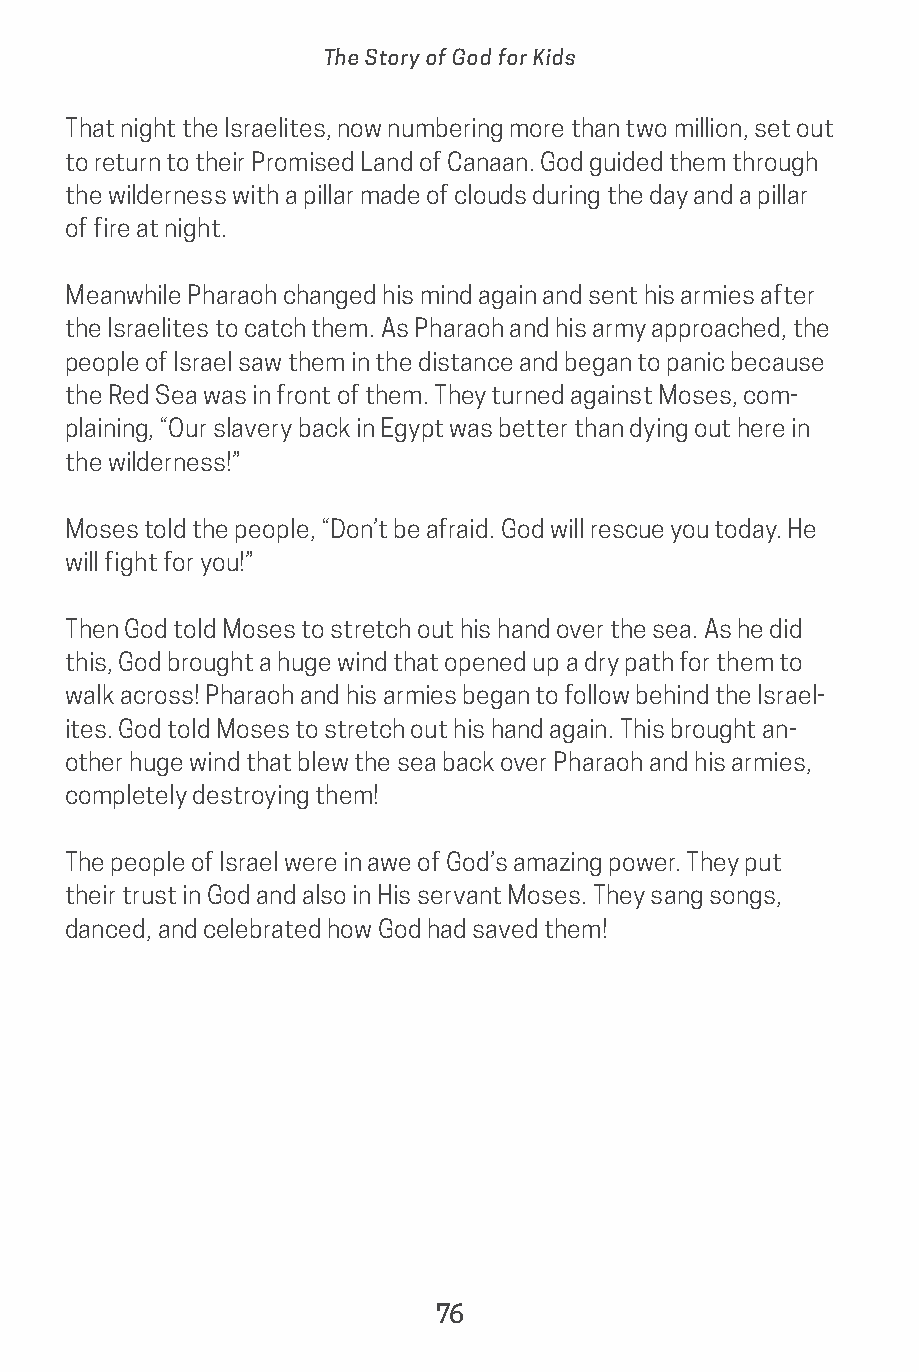
The Story of God for Kids
 That night the Israelites, now numbering more than two million, set out
 to return to their Promised Land of Canaan. God guided them through
 the wilderness with a pillar made of clouds during the day and a pillar
 of fire at night.
 Meanwhile Pharaoh changed his mind again and sent his armies after
 the Israelites to catch them. As Pharaoh and his army approached, the
 people of Israel saw them in the distance and began to panic because
 the Red Sea was in front of them. They turned against Moses, com-
 plaining, “Our slavery back in Egypt was better than dying out here in
 the wilderness!”
 Moses told the people, “Don’t be afraid. God will rescue you today. He
 will fight for you!”
 Then God told Moses to stretch out his hand over the sea. As he did
 this, God brought a huge wind that opened up a dry path for them to
 walk across! Pharaoh and his armies began to follow behind the Israel-
 ites. God told Moses to stretch out his hand again. This brought an-
 other huge wind that blew the sea back over Pharaoh and his armies,
 completely destroying them!
 The people of Israel were in awe of God’s amazing power. They put
 their trust in God and also in His servant Moses. They sang songs,
 danced, and celebrated how God had saved them!
 76
 saturate-story_of_god_kids-2.indd 76              8/10/17 10:11 PM